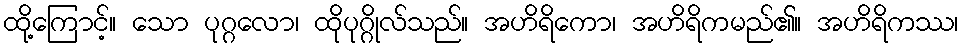
ထို့ကြောင့်။ သော ပုဂ္ဂလော၊ ထိုပုဂ္ဂိုလ်သည်။ အဟိရိကော၊ အဟိရိကမည်၏။ အဟိရိကဿ၊